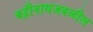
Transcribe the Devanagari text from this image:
बद्रीनाथजवळील